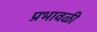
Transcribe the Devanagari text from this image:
प्रभावळी